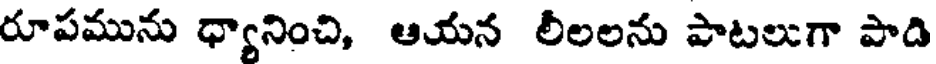
రూపమును ధ్యానించి, ఆయన లీలలను పాటలుగా పాది